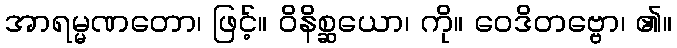
အာရမ္မဏတော၊ ဖြင့်။ ဝိနိစ္ဆယော၊ ကို။ ဝေဒိတဗ္ဗော၊ ၏။